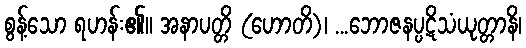
စွန့်သော ရဟန်း၏။ အနာပတ္တိ (ဟောတိ)၊ ...ဘောဇနပ္ပဋိသံယုတ္တာနိ၊